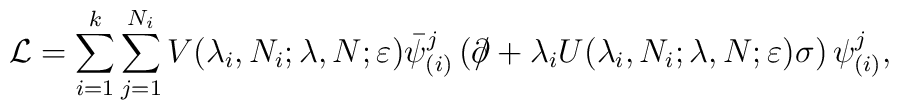
\mathcal{L}=\sum_{i=1}^{k}\sum_{j=1}^{N_{i}}V(\lambda _{i},N_{i};\lambda,N;\varepsilon )\bar{\psi}_{(i)}^{j}\left( \partial \!\!\!\slash+\lambda_{i}U(\lambda _{i},N_{i};\lambda ,N;\varepsilon )\sigma \right) \psi_{(i)}^{j},